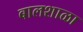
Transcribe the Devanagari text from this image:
बालशाळा